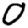
Digit: 0